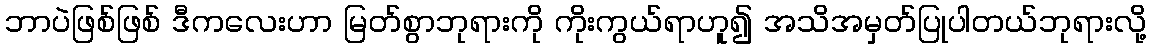
ဘာပဲဖြစ်ဖြစ် ဒီကလေးဟာ မြတ်စွာဘုရားကို ကိုးကွယ်ရာဟူ၍ အသိအမှတ်ပြုပါတယ်ဘုရားလို့